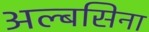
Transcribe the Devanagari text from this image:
अल्बसिना